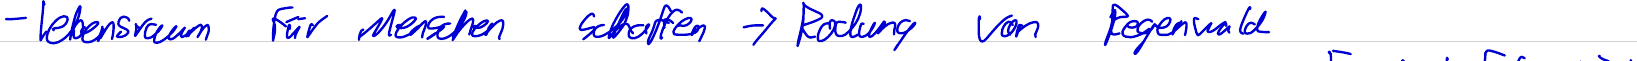
- Lebensraum für Menschen schaffen -> Rodung von Regenwald